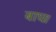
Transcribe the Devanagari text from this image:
बाघ।